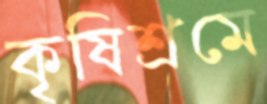
কৃষিশ্রমে